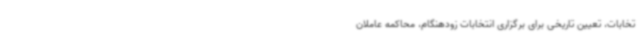
تخابات، تعیین تاریخی برای برگزاری انتخابات زودهنگام، محاکمه عاملان